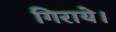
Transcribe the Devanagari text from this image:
गिराये।